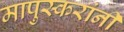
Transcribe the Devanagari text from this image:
मापुस्करांनी